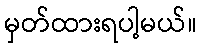
မှတ်ထားရပါ့မယ်။